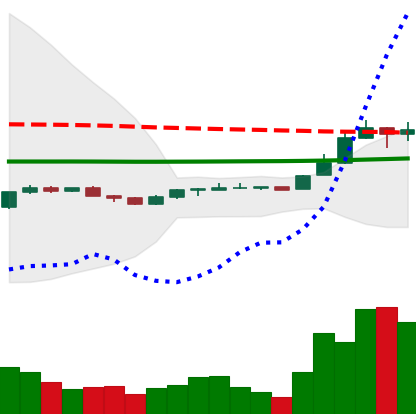
Ticker: LINK-USD
Chart end date: 2020-04-11
Forward return: 5.677%
Label: up_5_7